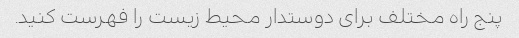
پنج راه مختلف برای دوستدار محیط زیست را فهرست کنید.